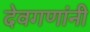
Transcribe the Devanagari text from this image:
देवगणांनी